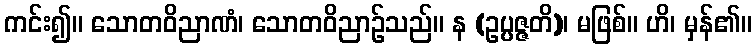
ကင်း၍။ သောတဝိညာဏံ၊ သောတဝိညာဉ်သည်။ န (ဥပ္ပဇ္ဇတိ)၊ မဖြစ်။ ဟိ၊ မှန်၏။